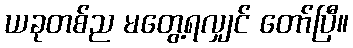
ယခုတစ်ည မတွေ့ရလျှင် တော်ပြီ။